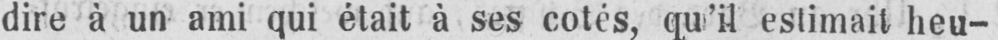
dire à un ami qui était à ses cotés, qu’il estimait heu-